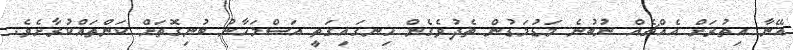
އޭނާ އިތުރަށް އެއްޗެއް ނުބުނެ މަޑުމަޑުން ތެދުވެގެން ހިނގައިގަތީ އަސްމަހާނު ބުނިގޮތަށް ކަންތައްކުރާށެވެ.